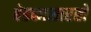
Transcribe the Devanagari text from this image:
बेडकासारखे